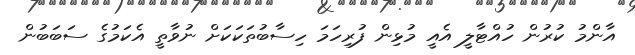
އާންމު ކުރުން ހުއްޓާލީ އެއީ މުޅިން ފުރިހަމަ ހިސާބުތަކަކަށް ނުވާތީ އެކަމުގެ ސަބަބުން